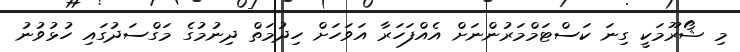
މި ޝޯރޫމަކީ ގިނަ ކަސްޓަމްމަރުންނަށް އެއްފަހަރާާ އަވަހަށް ހިދުމަތް ދިނުމުގެ މަގްސަދުގައި ހުޅުވުނު